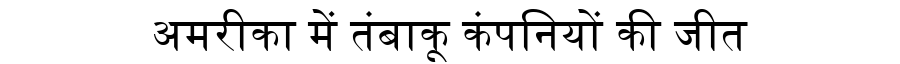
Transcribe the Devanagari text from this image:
अमरीका में तंबाकू कंपनियों की जीत